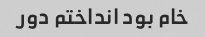
خام بود انداختم دور